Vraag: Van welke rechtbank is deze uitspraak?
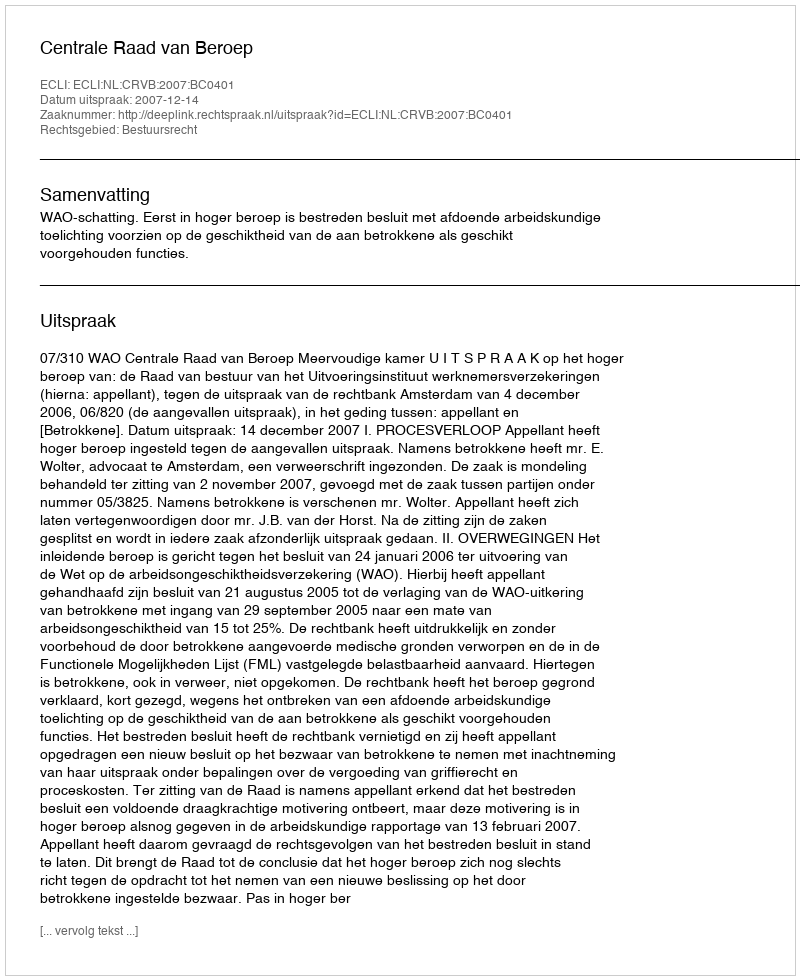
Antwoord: Centrale Raad van Beroep